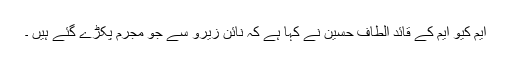
ایم کیو ایم کے قائد الطاف حسین نے کہا ہے کہ نائن زیرو سے جو مجرم پکڑے گئے ہیں ۔